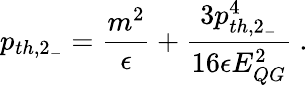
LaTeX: p_{th,2_{-}}={\frac{m^{2}}{\epsilon}}+{\frac{3p_{th,2_{-}}^{4}}{16\epsilon E_{QG}^{2}}}~.